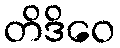
တိဒိဝေ